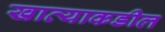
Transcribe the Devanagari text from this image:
खात्याकडील